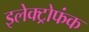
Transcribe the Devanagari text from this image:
इलेक्ट्रोफंक